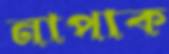
নাপাক